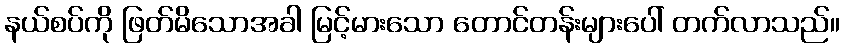
နယ်စပ်ကို ဖြတ်မိသောအခါ မြင့်မားသော တောင်တန်းများပေါ် တက်လာသည်။